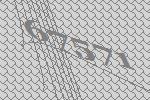
67571